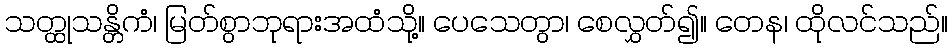
သတ္ထုသန္တိကံ၊ မြတ်စွာဘုရားအထံသို့။ ပေသေတွာ၊ စေလွှတ်၍။ တေန၊ ထိုလင်သည်။